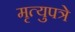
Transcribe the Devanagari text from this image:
मृत्युपत्रे